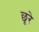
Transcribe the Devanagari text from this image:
छूरे